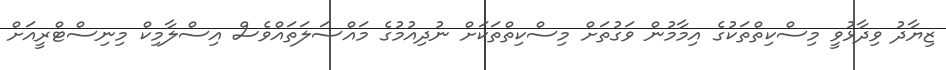
ޒިޔާދު ވިދާޅުވީ މިސްކިތްތަކުގެ އިމާމުން ވަގުތަށް މިސްކިތްތަކަށް ނުދިއުމުގެ މައްސަލަތައްވެސް އިސްލާމިކް މިނިސްޓްރީއަށް